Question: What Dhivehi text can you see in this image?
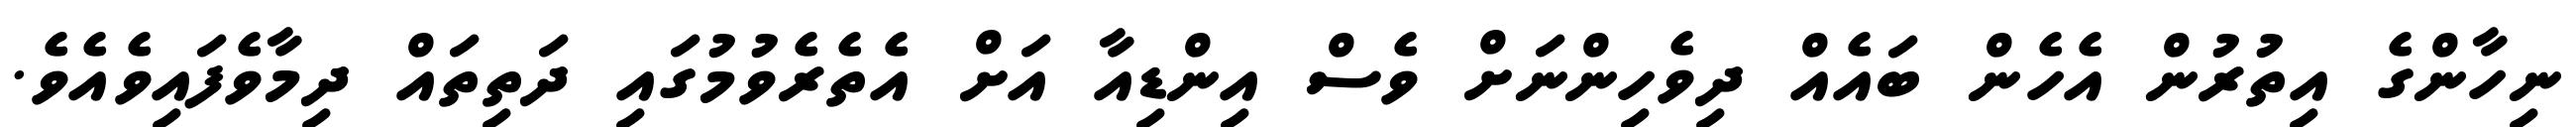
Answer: ނިހާންގެ އިތުރުން އެހެން ބައެއް ދިވެހިންނަށް ވެސް އިންޑިއާ އަށް އެތެރެވުމުގައި ދަތިތައް ދިމާވެފައިވެއެވެ.